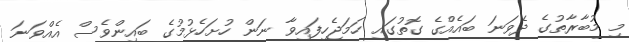
މި މުބާރާތުގެ ދެވަނަ ބައެއްގެ ގޮތުގައި ހަމަޖެހިފައިވާ ނަން ހުށަހެޅުމުގެ ބައިންވެސް އެއްވަނަ